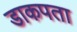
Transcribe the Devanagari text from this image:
डाकपता